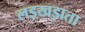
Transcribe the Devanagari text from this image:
लड़खड़ाता